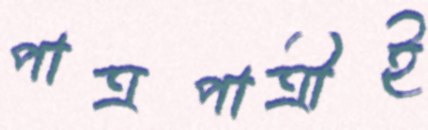
পাত্রপাত্রীই